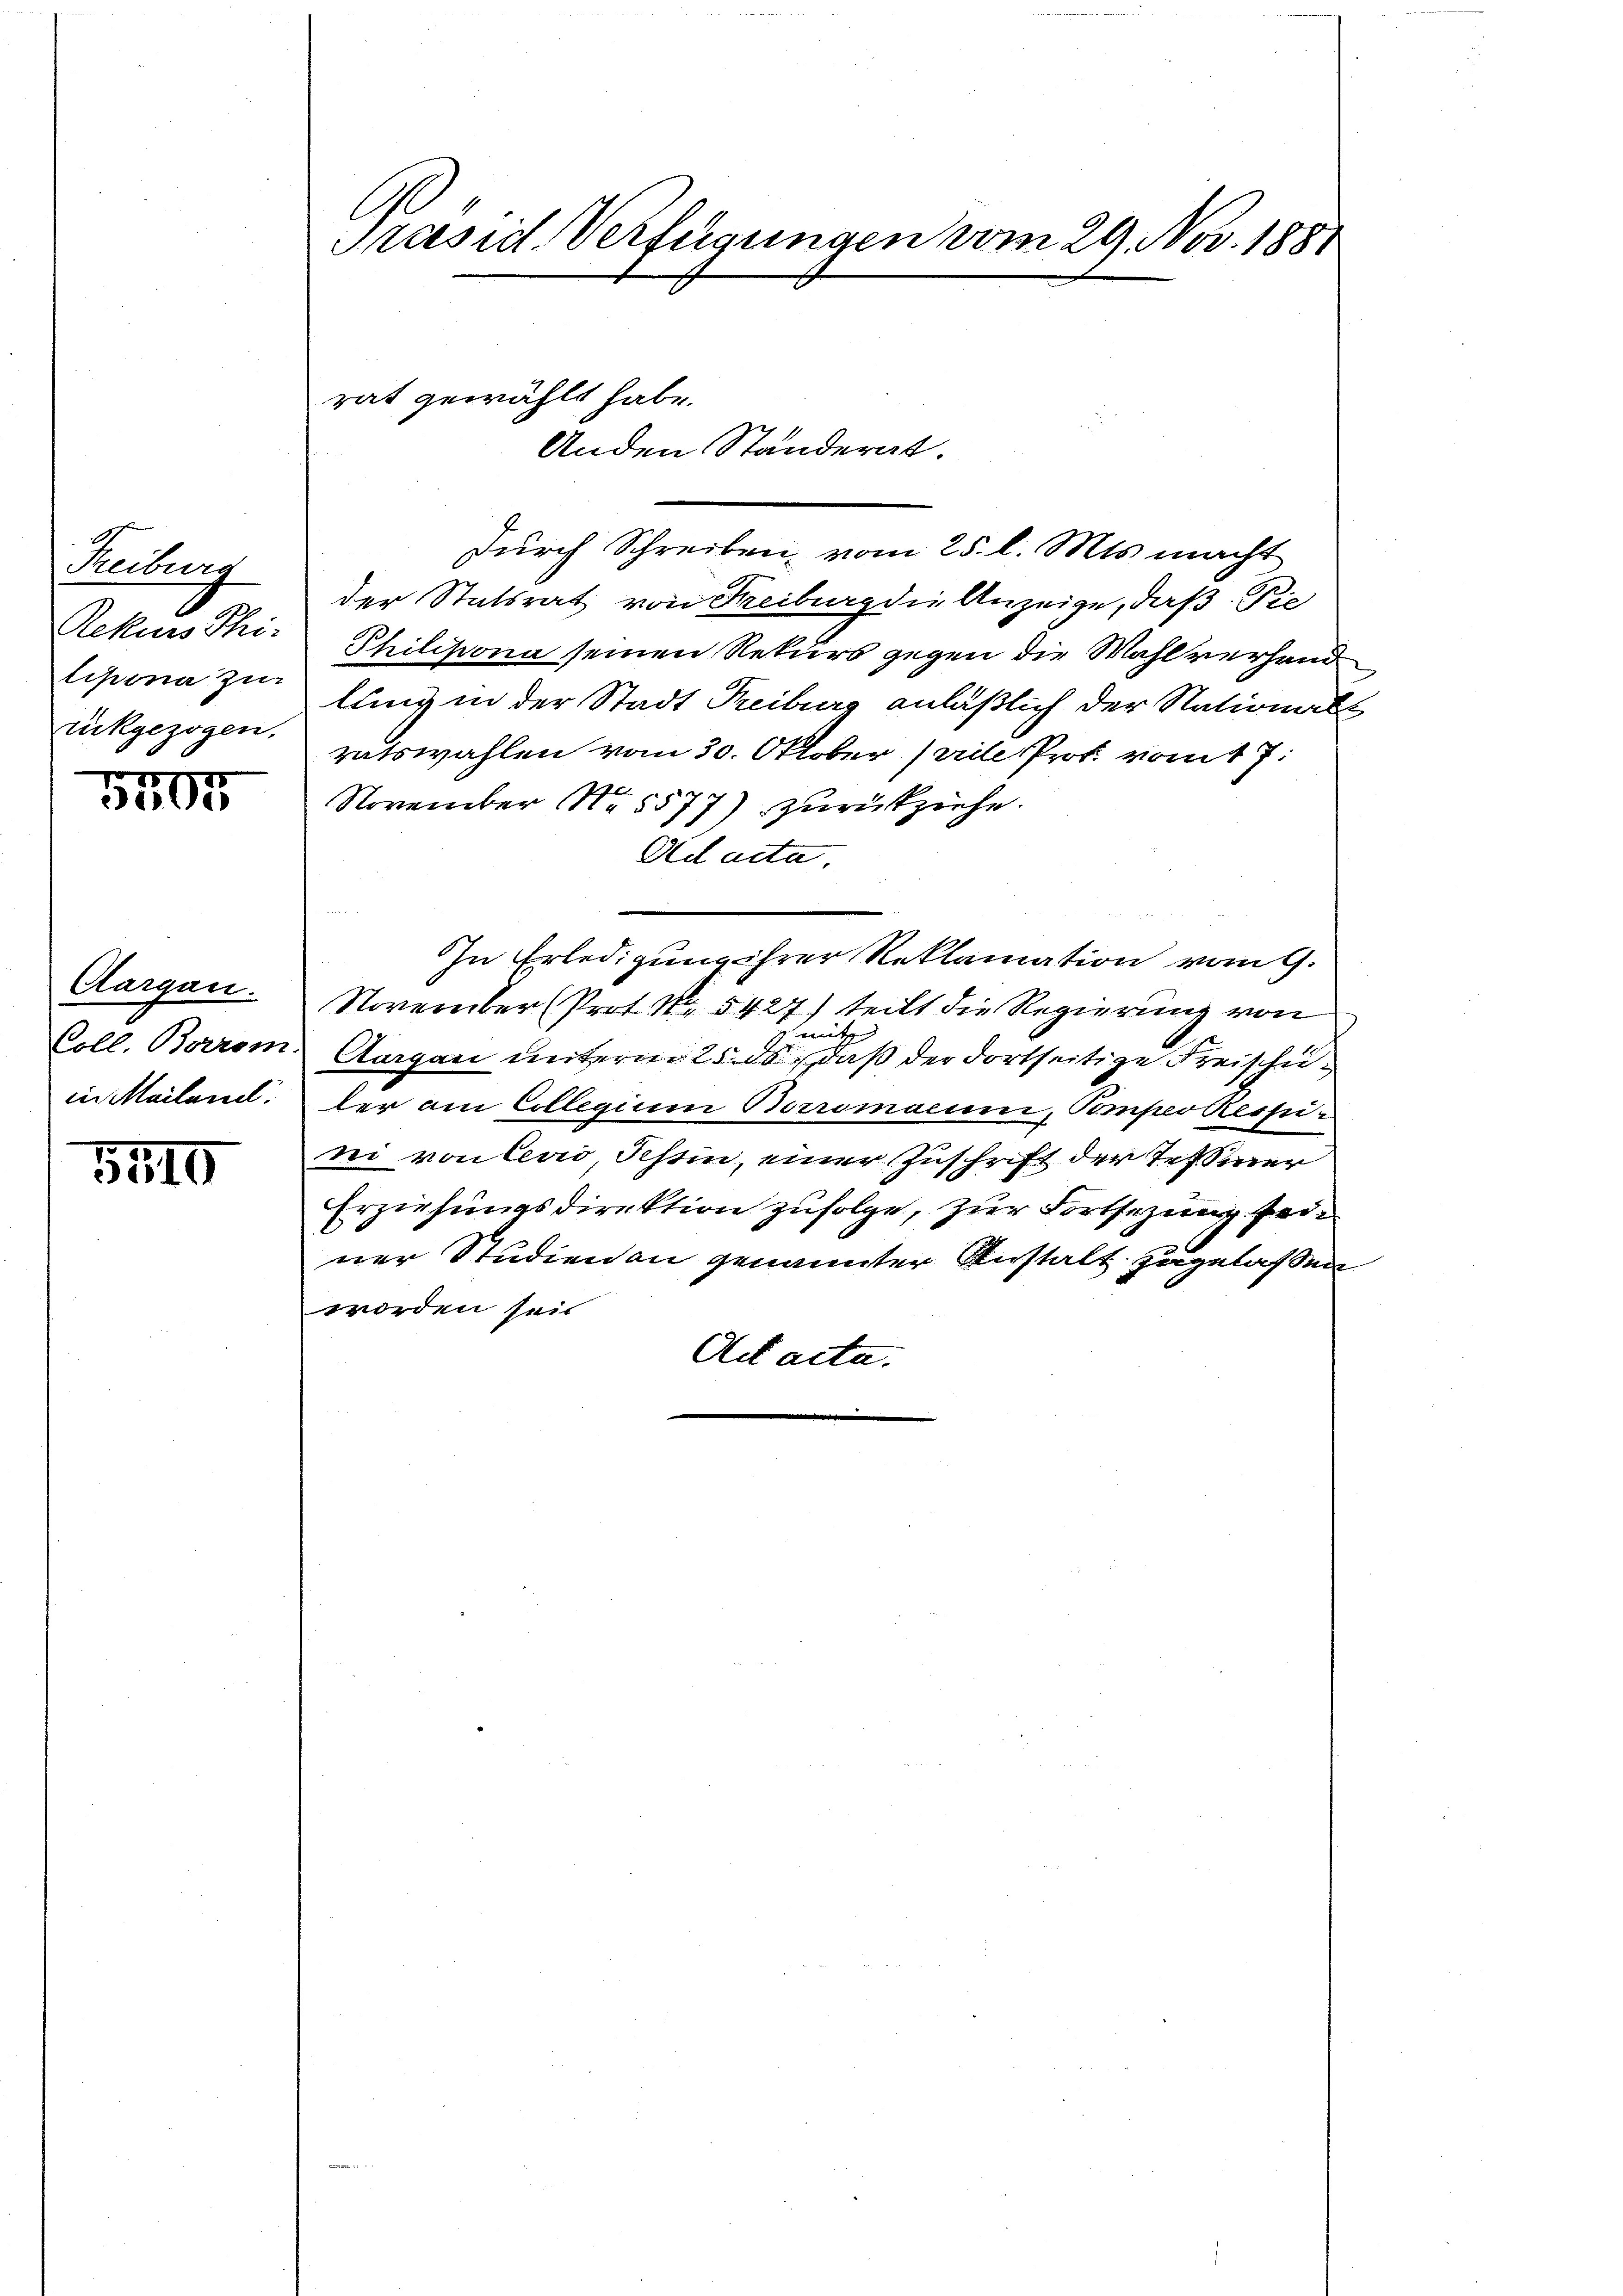
Freiburg
Rekurs Thi-
lipina zur
rückgezogen.

5705

Aargau.
Coll. Berrom
in Mailand.

5516

C.
Präsid. Verfügungen vom 29. Nov. 1881

durch Schreiben, vom 25. l. Mts. macht
der Statsrat von Freiburg die Anzeige, daß Pie
Philisona seinen Rekurs gegen die Wahlverhand
lung in der Stadt Freiburg anläßlich der Nationals
ratswahlen vom 30. Oktober prill Prof. vom 7.
November No. 5577) zurückziehe.
Ad acta
In Erledigung ihrer Reklamation vom 9.
Noverüber (Prot. Nr. 5427) teilt die Regierung von
mit
Aargau unterm 25. d. daß der dortseitige Freischeider am Collegium Borromann, Pomper Respie
bei von leid, Tessin, einer Zuschrift der Tessiner
Erziehungsdirektion zufolge, zur Fortsezung sein
ner Studien an genannter Anstalt zugelassen
worden seit
Act acta.

rat gewählt habe.
Anden Ständerat.